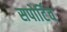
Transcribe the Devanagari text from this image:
सपोर्टिव